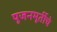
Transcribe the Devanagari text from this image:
पूजनमूर्तीचे